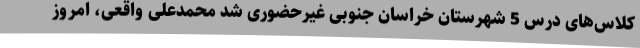
کلاس‌های درس 5 شهرستان خراسان جنوبی غیرحضوری شد محمدعلی واقعی، امروز